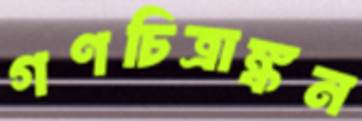
গণচিত্রাঙ্কন